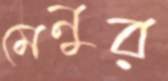
মেনুর